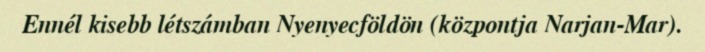
Ennél kisebb létszámban Nyenyecföldön (központja Narjan-Mar).